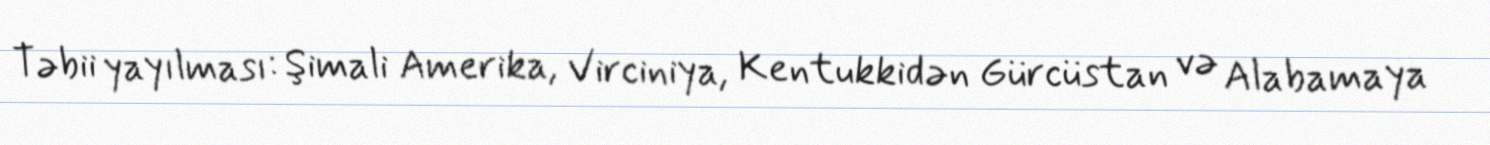
Təbii yayılması: Şimali Amerika, Virciniya, Kentukkidən Gürcüstan və Alabamaya